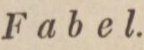
Fabel.